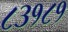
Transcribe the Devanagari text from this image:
८३१८१